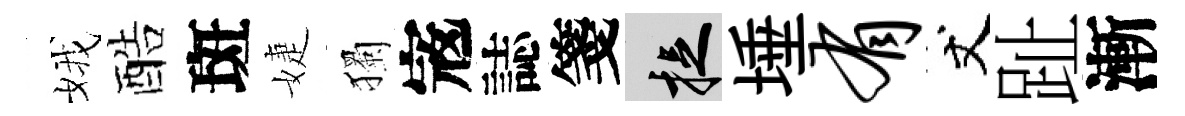
娥酷斑婕獨𡨥誌箋捉埵有丈趾漸